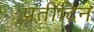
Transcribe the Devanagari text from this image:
प्रतीदिन